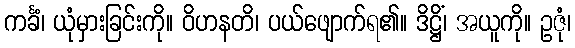
ကင်္ခံ၊ ယုံမှားခြင်းကို။ ဝိဟနတိ၊ ပယ်ဖျောက်ရ၏။ ဒိဋ္ဌိံ၊ အယူကို။ ဥဇုံ၊